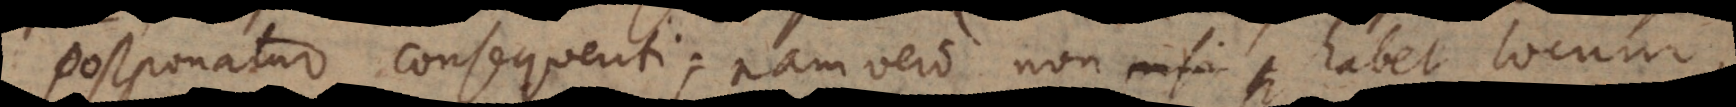
postponatur consequenti; nam vero non habet locum,